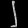
Digit: ၂